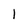
Character: 1